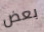
بعض